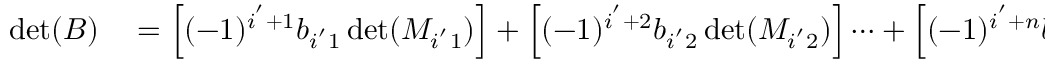
\begin{array} { r l } { \operatorname* { d e t } ( B ) } & { { } = \left[ ( - 1 ) ^ { i ^ { ' } + 1 } b _ { i ^ { ' } 1 } \operatorname* { d e t } ( M _ { i ^ { ' } 1 } ) \right] + \left[ ( - 1 ) ^ { i ^ { ' } + 2 } b _ { i ^ { ' } 2 } \operatorname* { d e t } ( M _ { i ^ { ' } 2 } ) \right] \cdots + \left[ ( - 1 ) ^ { i ^ { ' } + n } b _ { 1 n } \operatorname* { d e t } ( M _ { i ^ { ' } n } ) \right] } \end{array}